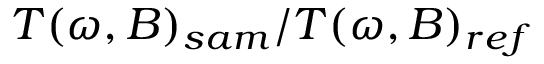
T ( \omega , B ) _ { s a m } / T ( \omega , B ) _ { r e f }